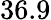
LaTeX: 36.9